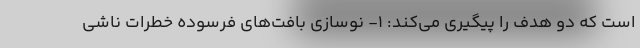
است که دو هدف را پیگیری می‌کند: ۱- نوسازی بافت‌های فرسوده خطرات ناشی